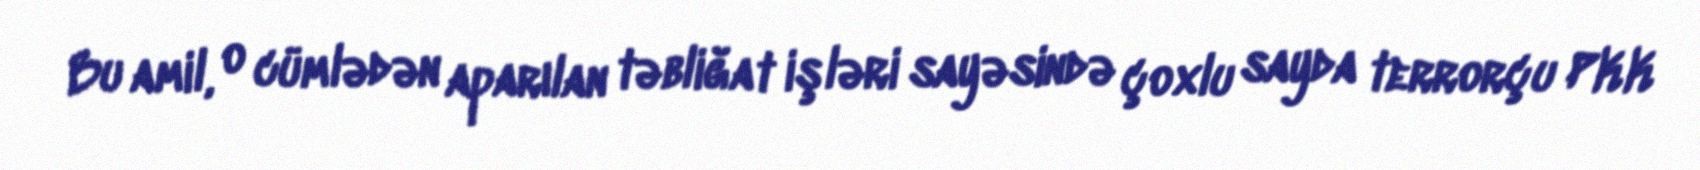
Bu amil, o cümlədən aparılan təbliğat işləri sayəsində çoxlu sayda terrorçu PKK